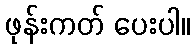
ဖုန်းကတ် ပေးပါ။